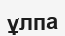
ұлпа